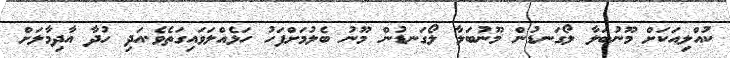
ކުއްލިއަކަށް މޫނުބަލާ ލޯގަނޑުން މޫނުބަލާ ލޯގަނޑުން މޫނު ބެލުމަށްފަހު ހަޅެއްލަވައިގަތެވެ.އަދި ހުދާ އާދިމާލަށް